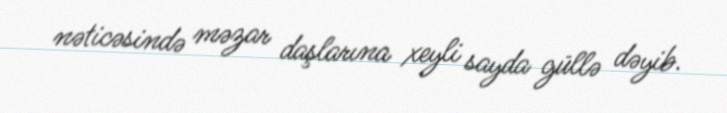
nəticəsində məzar daşlarına xeyli sayda güllə dəyib.